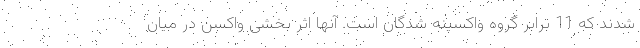
شدند که 11 برابر گروه واکسینه شدگان است. آنها اثر بخشی واکسن در میان